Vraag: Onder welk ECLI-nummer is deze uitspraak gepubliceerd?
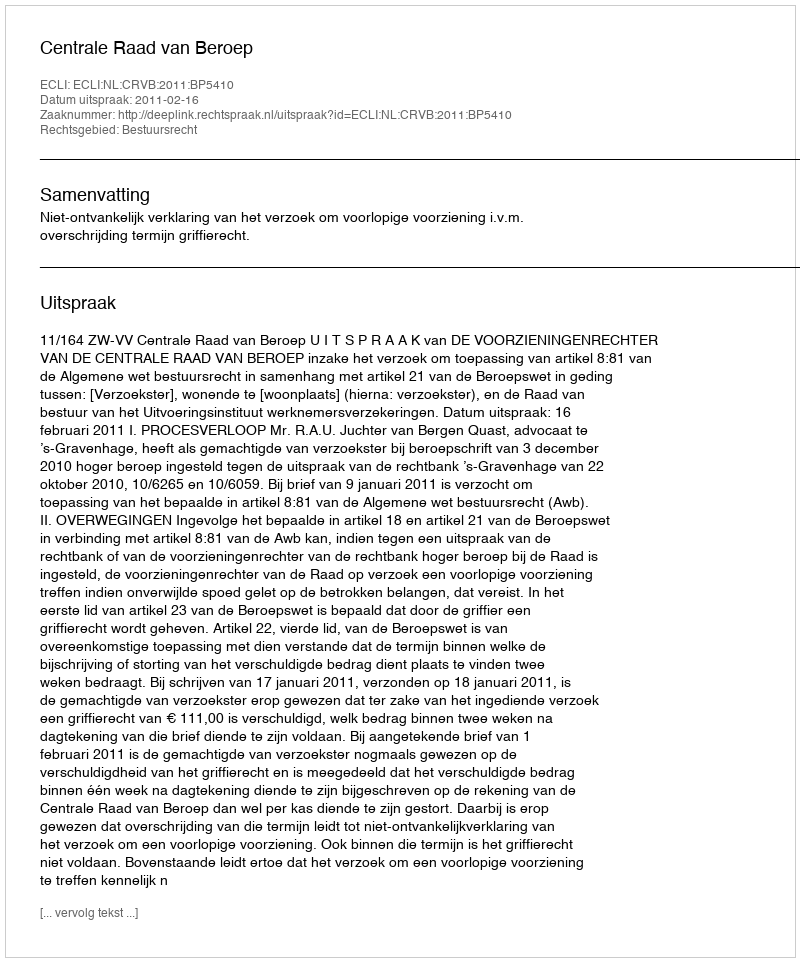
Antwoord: ECLI:NL:CRVB:2011:BP5410